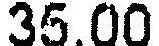
35.00